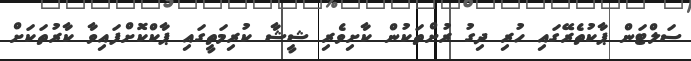
ސަލްޓަން ޕާކުތެރޭގައި ހުރި ދިގު ރުށްތަކުން ކާށިވެރި ޝީޝާ ކުރިމަތީގައި ޕާކްކޮށްފައިވާ ކާރުތަކަށް